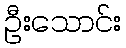
ဦးသောင်း